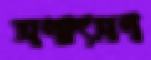
সপাৎসপ